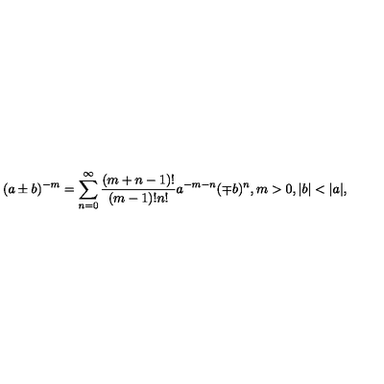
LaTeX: ( a \pm b ) ^ { - m } = \sum _ { n = 0 } ^ { \infty } \frac { ( m + n - 1 ) ! } { ( m - 1 ) ! n ! } a ^ { - m - n } ( \mp b ) ^ { n } , m > 0 , | b | < | a | ,